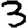
Digit: 3